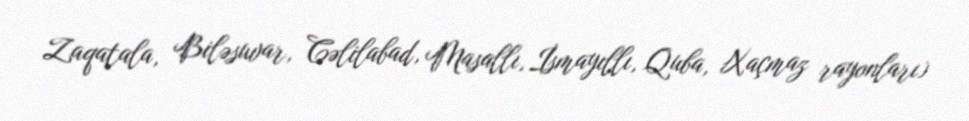
Zaqatala, Biləsuvar, Cəlilabad, Masallı, İsmayıllı, Quba, Xaçmaz rayonları)